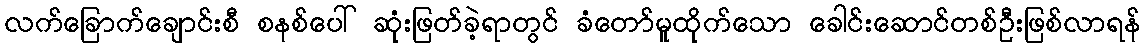
လက်ခြောက်ချောင်းစီ စနစ်ပေါ် ဆုံးဖြတ်ခဲ့ရာတွင် ခံတော်မူထိုက်သော ခေါင်းဆောင်တစ်ဦးဖြစ်လာရန်